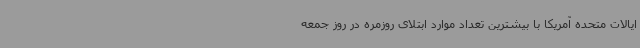
ایالات متحده آمریکا با بیشترین تعداد موارد ابتلای روزمره در روز جمعه